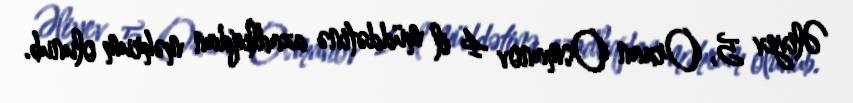
Əliyev 5, Orxan Osmanov 4 il müddətinə azadlıqdan məhrum olunub.